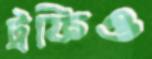
ট্রফিও